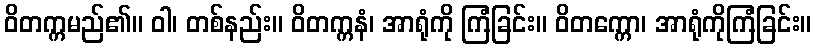
ဝိတက္ကမည်၏။ ဝါ၊ တစ်နည်း။ ဝိတက္ကနံ၊ အာရုံကို ကြံခြင်း။ ဝိတက္ကော၊ အာရုံကိုကြံခြင်း။